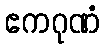
ဧကဂုဏံ